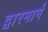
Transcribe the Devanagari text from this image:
द्वारमार्ग